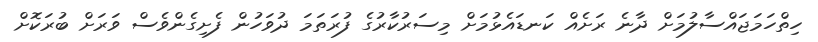
ހިތްހަމަޖައްސާލުމަށް ދާނެ ރަށެއް ކަނޑައެޅުމަށް މިސަރުކާރުގެ ފުރަތަމަ ދުވަހުން ފެށިގެންވެސް ވަރަށް ބުރަކޮށް